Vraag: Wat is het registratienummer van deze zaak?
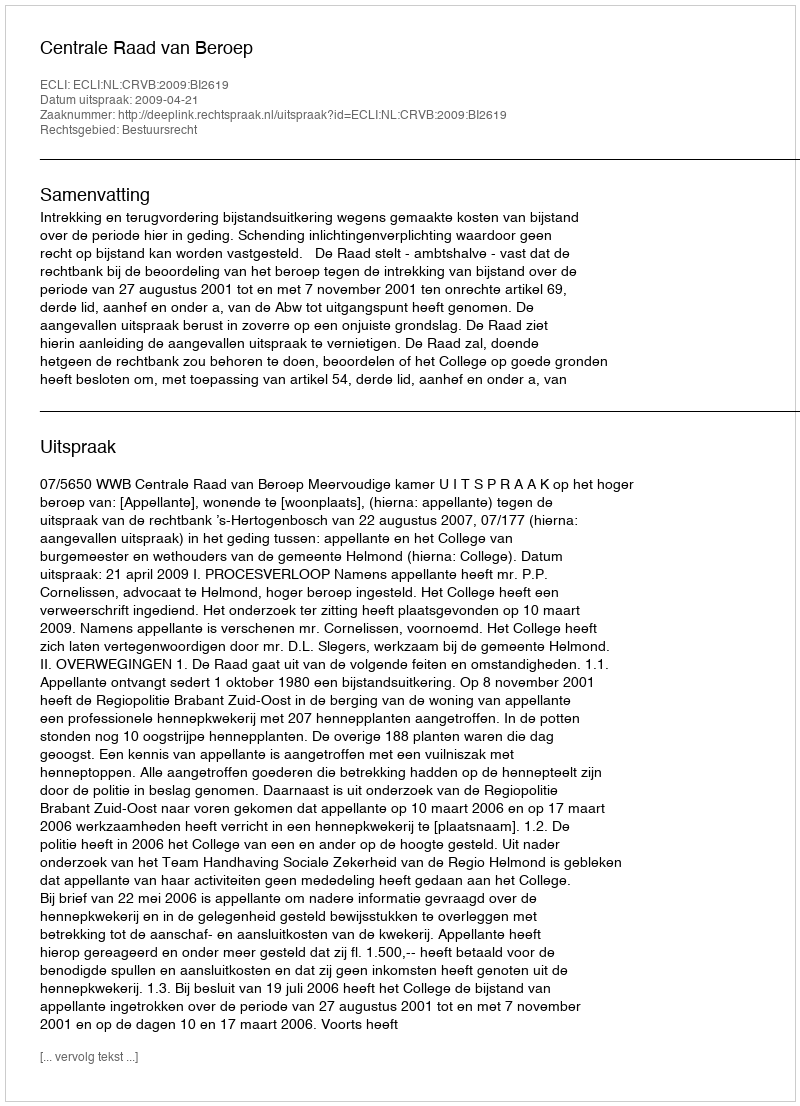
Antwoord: http://deeplink.rechtspraak.nl/uitspraak?id=ECLI:NL:CRVB:2009:BI2619